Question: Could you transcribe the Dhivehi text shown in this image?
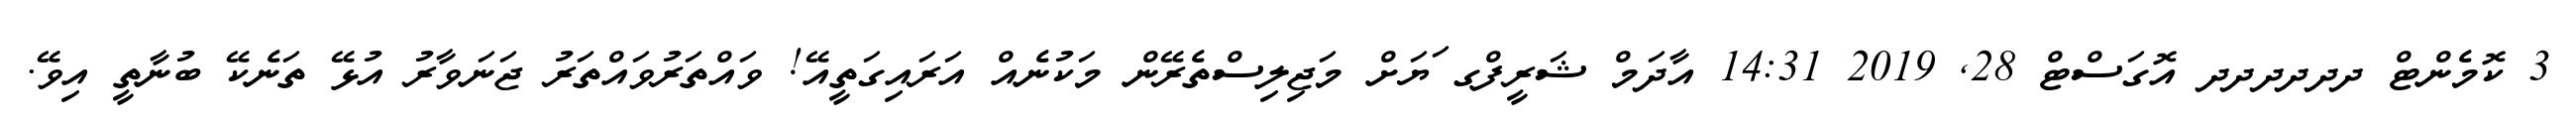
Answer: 3 ކޮމެންޓް ދދދދދދ އޮގަސްޓް 28, 2019 14:31 އާދަމް ޝަރީފްގ ަޔަށް މަޖިލިސްތެރޭން މަކުނެއް އަރައިގަތީއޭ! ވައްތަރުވައްތަރު ޖަނަވާރު އުޅޭ ތަނެކޭ ބުނާތީ އިވޭ.